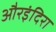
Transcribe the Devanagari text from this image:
औरइंदिरा